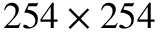
2 5 4 \times 2 5 4